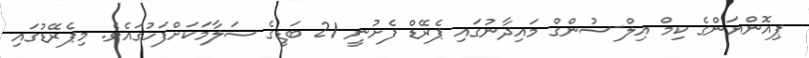
ޕިއޮންޔަންގެ ކިމް އިލް-ސުންގް މައިދާނުގައި ޕެރޭޑް ފެށުނީ 21 ބަޑީގެ ސަލާމަކަށްފަހުގައެވެ. މިޕެރޭޑުގައި